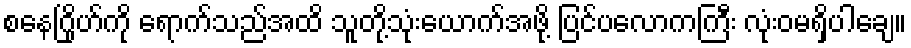
စနေဂြိုဟ်ကို ရောက်သည်အထိ သူတို့သုံးယောက်အဖို့ ပြင်ပလောကကြီး လုံးဝမရှိပါချေ။